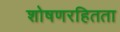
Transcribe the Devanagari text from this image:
शोषणरहितता